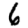
Digit: 6